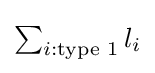
{\textstyle \sum _{i:{\text{type 1}}}l_{i}}